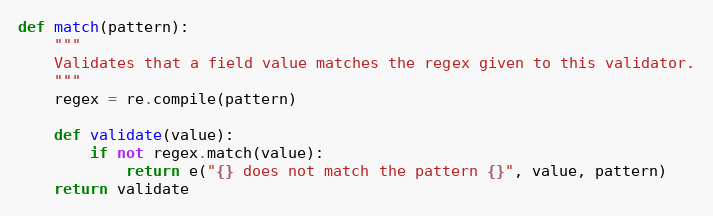
Language: Python
def match(pattern):
    """
    Validates that a field value matches the regex given to this validator.
    """
    regex = re.compile(pattern)

    def validate(value):
        if not regex.match(value):
            return e("{} does not match the pattern {}", value, pattern)
    return validate